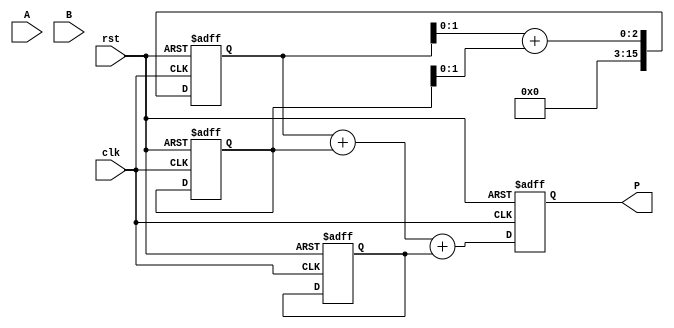
module wallace_tree_multiplier #(parameter N = 8) (
    input clk,
    input rst,
    input [N-1:0] A,
    input [N-1:0] B,
    output reg [2*N-1:0] P
);

    wire [N-1:0] pp [N-1:0]; // Partial products
    reg [2*N-1:0] sum [2*N-1:0]; // Intermediate sums
    wire [N:0] carry [2*N-1:0]; // Carry bits for adders
    reg [N:0] level [2*N-1:0];

    // Generate Partial Products
    genvar i, j;
    generate
        for (i = 0; i < N; i = i + 1) begin : PARTIAL_PRODUCT_GEN
            for (j = 0; j < N; j = j + 1) begin : AND_GEN
                assign pp[i][j] = A[j] & B[i];
            end
        end
    endgenerate

    // Wallace Tree Reduction
    integer stage;
    always @(posedge clk or posedge rst) begin
        if (rst) begin
            P <= 0;
            for (stage = 0; stage < 2*N; stage = stage + 1) begin
                sum[stage] <= 0;
                level[stage] <= 0;
            end
        end else begin
            // Initialize sum and level for the first stage
            for (stage = 0; stage < N; stage = stage + 1) begin
                sum[stage] <= {1'b0, pp[stage]}; // Extend to 2N bits
                level[stage] <= 0;
            end
            
            // Wallace Tree Reduction Stages
            for (stage = 0; stage < N; stage = stage + 1) begin
                if (stage < N) begin
                    {carry[stage][0], sum[stage]} <= sum[stage][0 +: 2] + sum[stage + 1][0 +: 2];
                    level[stage] <= carry[stage];
                end
            end
            
            // Final Addition
            P <= sum[N-1] + sum[N] + sum[N+1]; // Adjust as necessary for final two rows
        end
    end
endmodule